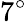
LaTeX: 7^{\circ}